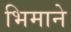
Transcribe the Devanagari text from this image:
भिमाने